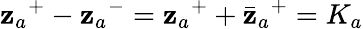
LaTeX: {\mathbf{z}_{a}}^{+}-{\mathbf{z}_{a}}^{-}={\mathbf{z}_{a}}^{+}+{{{\bar{{\mathbf{z}}}}_{a}}}^{+}=K_{a}